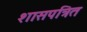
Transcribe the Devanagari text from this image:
शासपत्रित